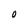
Character: O